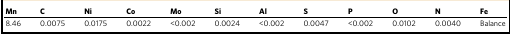
| Mn | C | Ni | Co | Mo | Si | Al | S | P | O | N | Fe |
 | --- | --- | --- | --- | --- | --- | --- | --- | --- | --- | --- | --- |
 | 8.46 | 0.0075 | 0.0175 | 0.0022 | <0.002 | 0.0024 | <0.002 | 0.0047 | <0.002 | 0.0102 | 0.0040 | Balance |